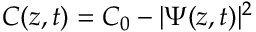
C ( z , t ) = C _ { 0 } - | \Psi ( z , t ) | ^ { 2 }